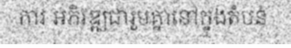
ការ អភិវឌ្ឍជារួមគ្នានៅក្នុងតំបន់